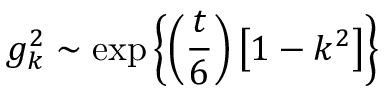
g _ { k } ^ { 2 } \sim \mathrm { e x p } \left\{ \left( \frac t 6 \right) \left[ 1 - k ^ { 2 } \right] \right\}